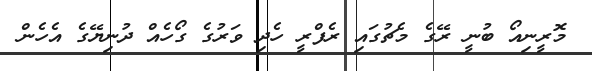
މޮރީނިއޯ ބުނީ ރޭގެ މެޗުގައި ރެފްރީ ހެދި ވަރުގެ ގޯހެއް ދުނިޔޭގެ އެހެން